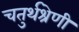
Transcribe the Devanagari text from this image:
चतुर्थश्रेणी